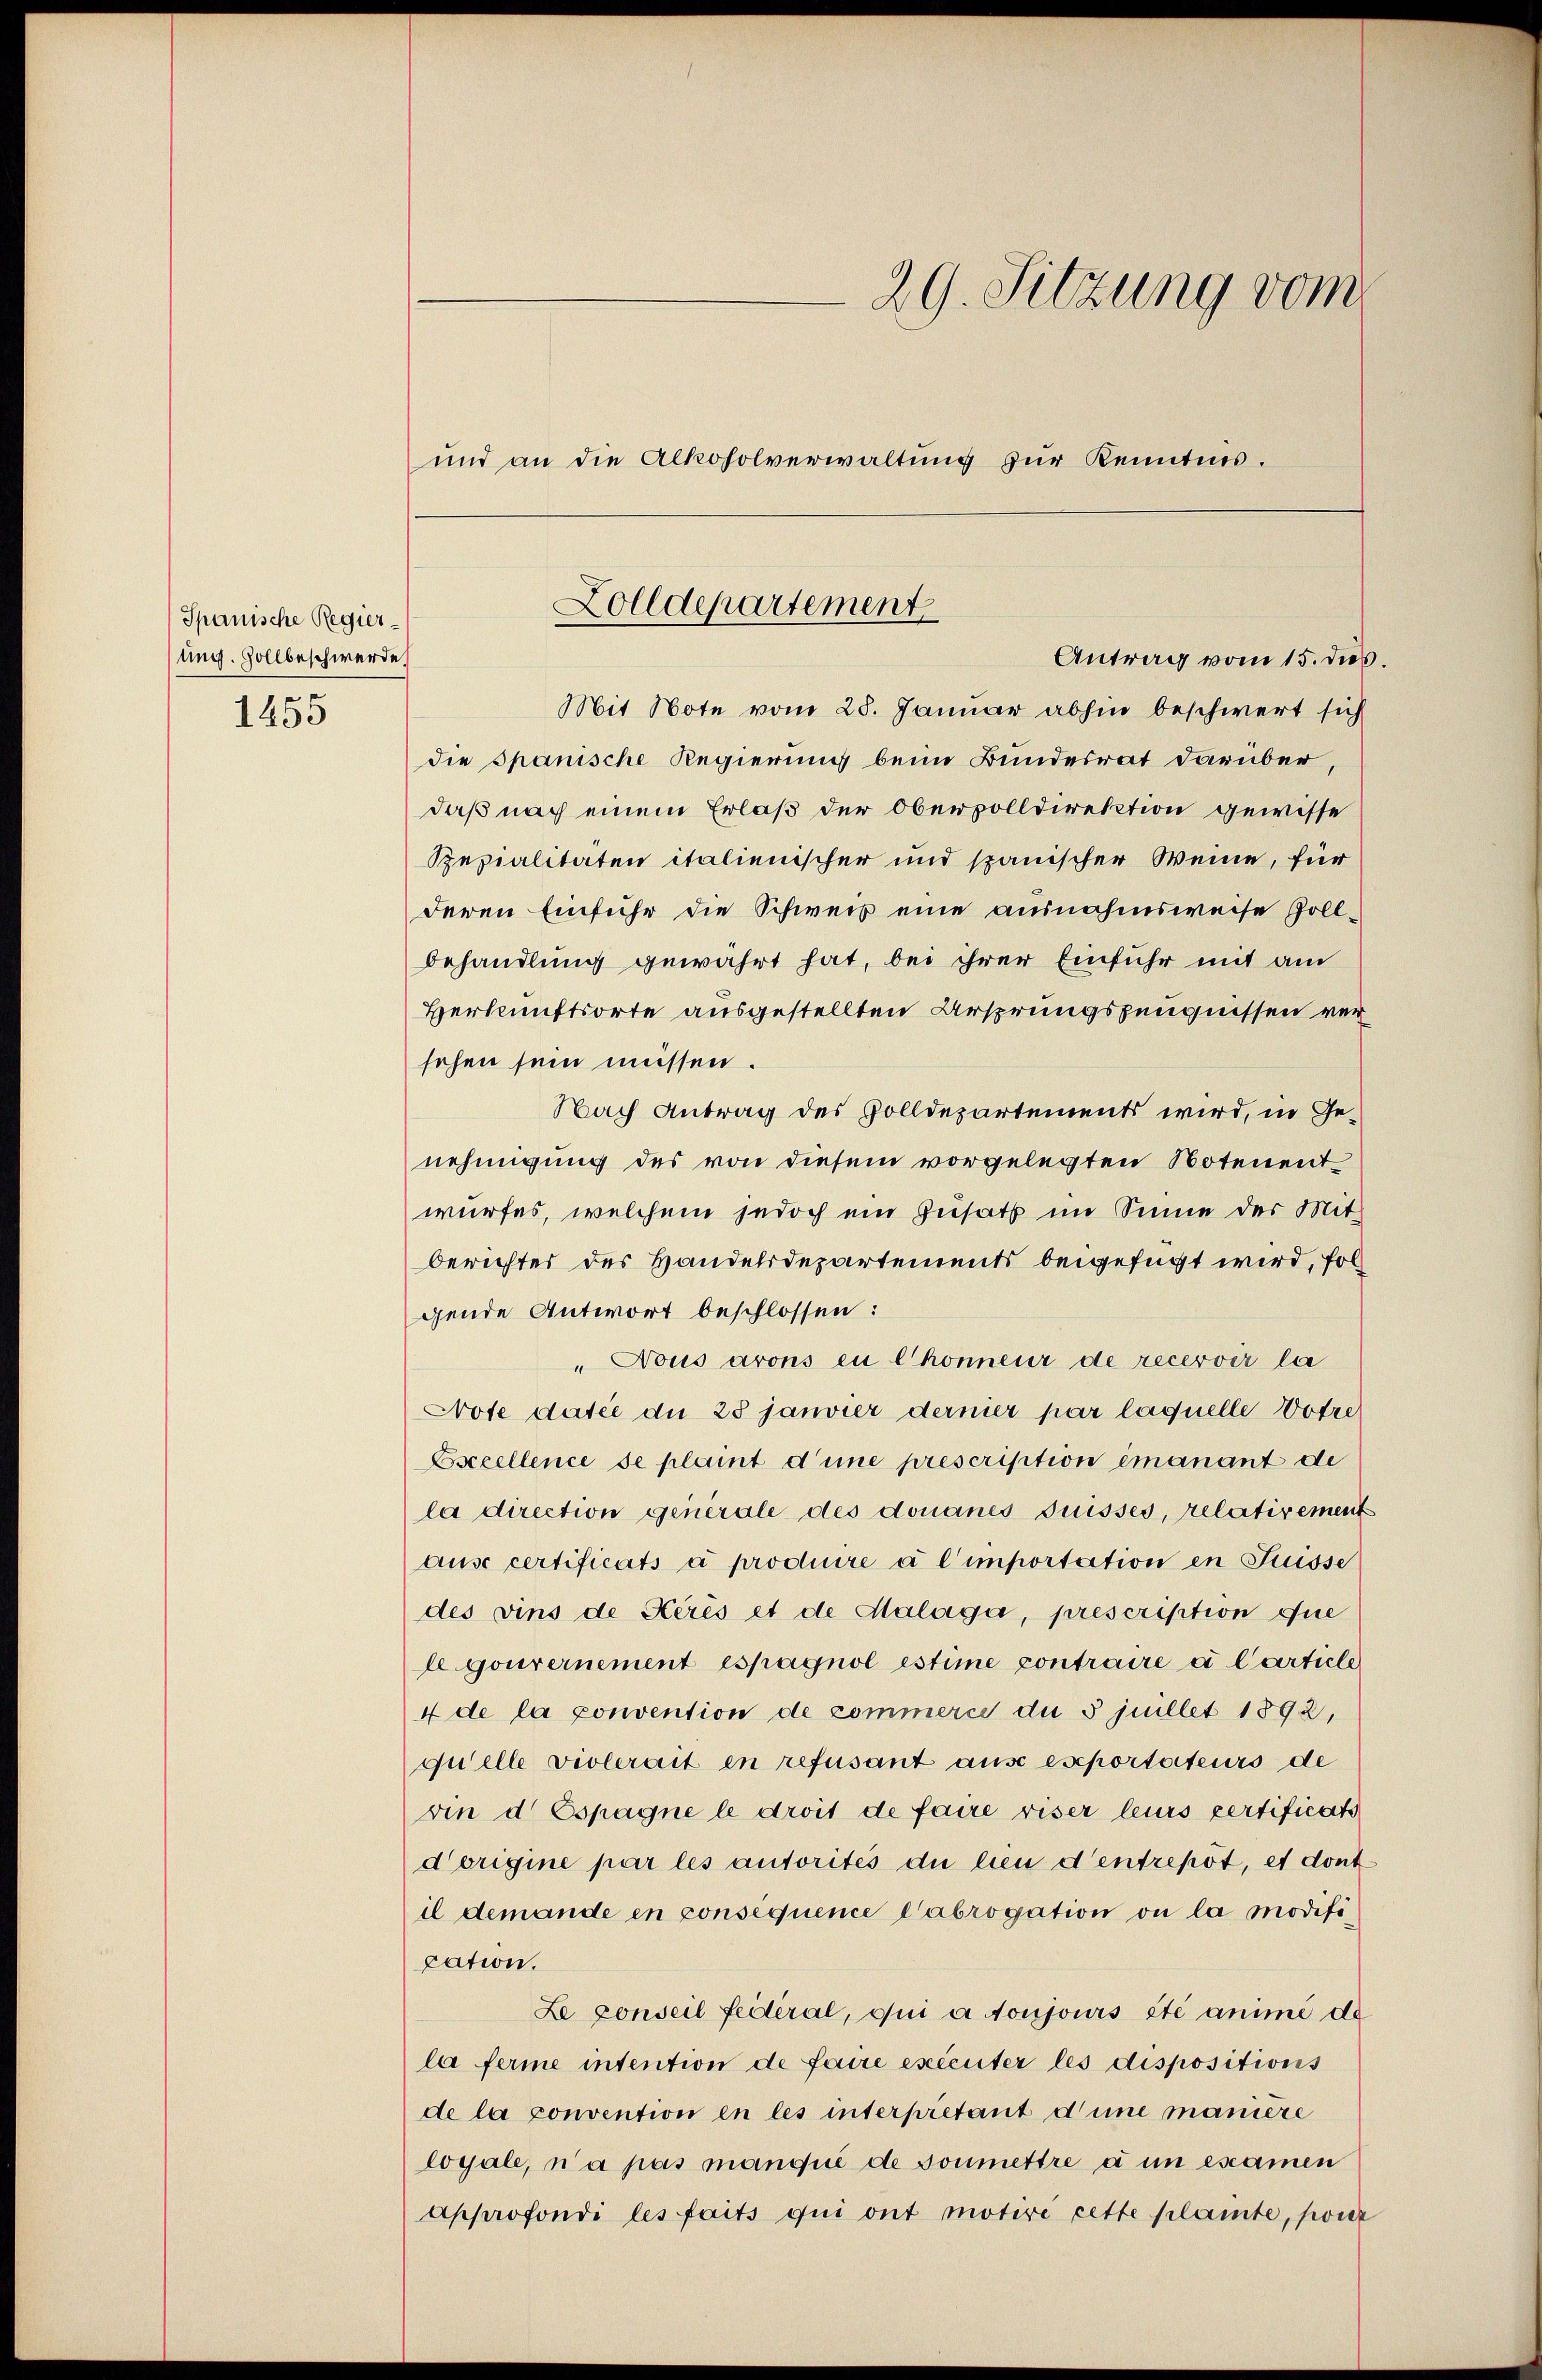
Spanische Regierung. Zollbeschwerde.

1455

29. Sitzung vom
und an die Alkoholverwaltung zur Kenntnis.

Zolldepartement
Antrag vom 15. das

Mit Note vom 28. Januar abhin beschwert sich
die Spanische Regierung beim Bundesrat darüber
daß nach einem Erlaß der Obervolldirektion gewisse
Spezialitäten italienischer und spanischer Weine, für
deren Einführ die Schweiz eine ausnahmsweise Zollbehandlung gewahrt hat, bei ihrer Einfuhr mit am
Verkunftsorte ausgestellten Ursprungszeugnissen versehen sein müssen.
Nach Antrag des Zolldepartements wird, in Genehmigung des von diesem vorgelegten Notenentwurfes, welchem jedoch ein Zusatz im Sinne der Mit-
berichter des Handelsdepartements beigefügt wird, fol
gende Antwort beschlossen:
"Nous arons en Chonneur de recevoir la
Note datie du 28 janvier derner par laquelle Wotre
Excellence se plaint d’une prescription émanant de
la direction generale des donanes Suisses, relativement
aŭse certificats à produire à l’importation in Suisse
des vins de Kerés et de Malaga, prescription die
le gouvernement espagnol estime contraire a Carticle
4 de la convention de commerce du 3 juillet 1892,
quelle violerait en refusant aus exportateurs de
vin d Espagne le droit de faire riser leurs zertificats
dorigine par les autorités du lieu d’entrepot, es dont
il demande en consequence Cabrogation ou la modification.
Le conseil fédéral, qui a toujours été anime de
la ferme intention de faire exécuter les dispositions
de la convention en les interpretant d’une maniere
loyale, n’a pas manqué de soumettre à un examen
Approfondi les faits qui ont motive cette plante, pour